Report on horse surra - Volume II, Part II
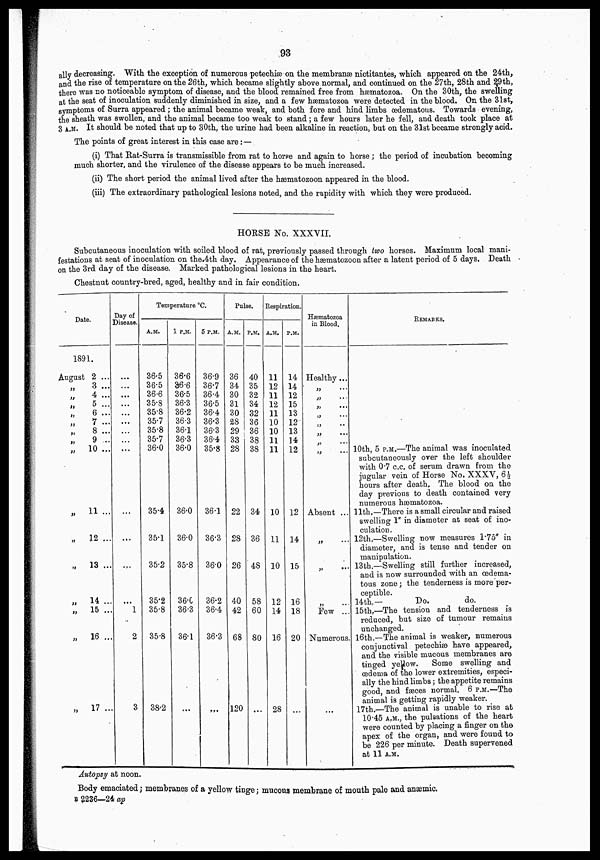
93
ally decreasing. With the exception of numerous petechiæ on the membranæ nictitantes, which appeared on the 24th,
and the rise of temperature on the 26th, which became slightly above normal, and continued on the 27th, 28th and 29th,
there was no noticeable symptom of disease, and the blood remained free from hæmatozoa. On the 30th, the swelling
at the seat of inoculation suddenly diminished in size, and a few hæmatozoa were detected in the blood. On the 31st,
symptoms of Surra appeared; the animal became weak, and both fore and hind limbs œdematous. Towards evening,
the sheath was swollen, and the animal became too weak to stand; a few hours later he fell, and death took place at
3 A.M. It should be noted that up to 30th, the urine had been alkaline in reaction, but on the 31st became strongly acid.
The points of great interest in this case are :—
(i) That Rat-Surra is transmissible from rat to horse and again to horse ; the period of incubation becoming
much shorter, and the virulence of the disease appears to be much increased.
(ii) The short period the animal lived after the hæmatozoon appeared in the blood.
(iii) The extraordinary pathological lesions noted, and the rapidity with which they were produced.
HORSE No. XXXVII.
Subcutaneous inoculation with soiled blood of rat, previously passed through two horses. Maximum local mani¬
festations at seat of inoculation on the 4th day. Appearance of the hæmatozoon after a latent period of 5 days. Death
on the 3rd day of the disease. Marked pathological lesions in the heart.
Chestnut country-bred, aged, healthy and in fair condition.
Date.
1891.
August 2 ...
„
3 ...
„ 4 ...
„
5...
„ 6 ...
„
7 ...
„ 8 ...
„
9 ...
„ 10 ...
„ 11 ...
„ 12 ...
„ 13 ...
„ 14 ...
„ 15 ...
„ 16 ...
„ 17 ...
Day of
Disease.
...
...
...
...
...
...
...
...
...
...
...
...
...
1
2
3
Temperature °C.
A.M.
36.5
36.5
36.6
35.8
35.8
35.7
35.8
35.7
36.0
35.4
35.1
35.2
35.2
35.8
35.8
38.2
1 P.M.
36.6
36.6
36.5
36.3
36.2
36.3
36.1
36.3
36.0
36.0
36.0
35.8
36.0
36.3
36.1
...
5 P.M.
36.9
36.7
36.4
36.5
36.4
36.3
36.3
36.4
35.8
361
36.3
36.0
36.2
36.4
36.3
...
Pulse.
A.M.
36
34
30
31
30
28
29
33
28
22
28
26
40
42
68
120
P.M.
40
35
32
34
32
36
36
38
38
34
36
48
58
60
80
...
Respiration.
A.M.
11
12
11
12
11
10
10
11
11
10
11
10
12
14
16
28
P.M.
14
14
12
15
13
12
13
14
12
12
14
15
16
18
20
...
Hæmatozoa
in Blood.
Healthy ...
„ ...
„ ...
„ ...
„ ...
„ ...
„ ...
„ ...
„ ...
Absent ...
„ ...
„ ...
„ ...
Few ..
Numerous
...
REMARKS.
10th, 5 P.M.—The animal was inoculated
subcutaneously over the left shoulder
with 0.7 c.c. of serum drawn from the
jugular vein of Horse No. XXXV, 6½
hours after death. The blood on the
day previous to death contained very
numerous hæmatozoa.
11th.—There is a small circular and raised
swelling 1" in diameter at seat of ino¬
culation.
12th.—Swelling now measures 1.75" in
diameter, and is tense and tender on
manipulation.
13th.—Swelling still further increased,
and is now surrounded with an œdema-
tous zone ; the tenderness is moreper¬
ceptible.
14th.—
Do.
do.
15th.—The tension and tenderness is
reduced, but size of tumour remains
unchanged.
16th.—The animal is weaker, numerous
conjunctival petechiæ have appeared,
and the visible mucous membranes are
tinged yellow. Some swelling and
œdema of the lower extremities, especi¬
ally the hind limbs ; the appetite remains
good, and fæces normal. 6 P.M.—The
animal is getting rapidly weaker.
17th.—The animal is unable to rise at
10.45 A.M., the pulsations of the heart
were counted by placing a finger on the
apex of the organ, and were found to
be 226 per minute. Death supervened
at 11 A.M.
Autopsy at noon.
Body emaciated ; membranes of a yellow tinge ; mucous membrane of mouth pale and anæmic.
B 2236—24 ap